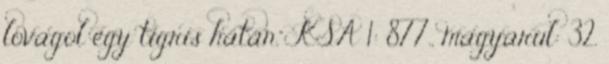
lovagol egy tigris hátán.” KSA 1: 877., magyarul: 32.